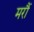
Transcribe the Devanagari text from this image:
मरौं